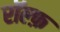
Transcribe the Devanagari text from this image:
रॉल्फ़